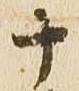
十